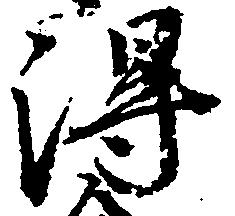
得